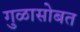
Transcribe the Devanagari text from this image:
गुळासोबत